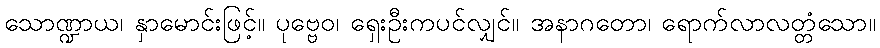
သောဏ္ဍာယ၊ နှာမောင်းဖြင့်။ ပုဗ္ဗေဝ၊ ရှေးဦးကပင်လျှင်။ အနာဂတော၊ ရောက်လာလတ္တံသော။